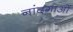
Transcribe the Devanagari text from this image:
नांदगाओं